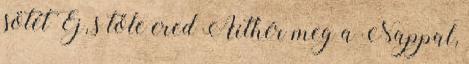
sötét Éj, s tőle ered Aithér meg a Nappal,